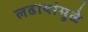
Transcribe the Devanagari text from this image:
लढायांमुळे